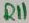
Text: R11